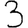
Digit: 3